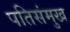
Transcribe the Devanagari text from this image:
पतिसंमुख